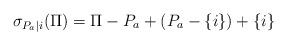
LaTeX: \begin{align*}\sigma_{P_a| i}(\Pi)=\Pi-P_a+(P_{a}-\{i\})+\{i\}\end{align*}